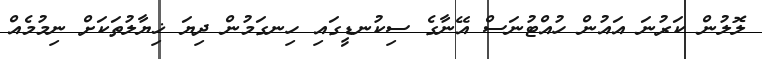
ލޮލުން ކަރުނަ އައުން ހުއްޓުނަސް އޭނާގެ ސިކުނޑީގައި ހިނގަމުން ދިޔަ ޚިޔާލުތަކަށް ނިމުމެއް